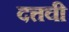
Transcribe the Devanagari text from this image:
दत्तची